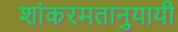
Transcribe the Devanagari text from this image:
शांकरमतानुयायी